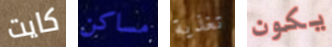
كايت مساكن تغذية يكون